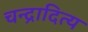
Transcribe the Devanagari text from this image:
चन्द्रादित्य